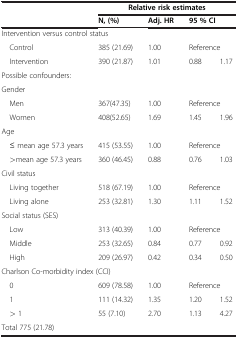
<table><thead><tr><td><b> </b></td><td colspan="4"><b>Relative risk estimates</b></td></tr><tr><td><b> </b></td><td><b>N, (%)</b></td><td><b>Adj. HR</b></td><td colspan="2"><b>95 % CI</b></td></tr></thead><tbody><tr><td colspan="5">Intervention versus control status</td></tr><tr><td> Control</td><td>385 (21.69)</td><td>1.00</td><td colspan="2">Reference</td></tr><tr><td> Intervention</td><td>390 (21.87)</td><td>1.01</td><td>0.88</td><td>1.17</td></tr><tr><td colspan="5">Possible confounders:</td></tr><tr><td colspan="5">Gender</td></tr><tr><td> Men</td><td>367(47.35)</td><td>1.00</td><td colspan="2">Reference</td></tr><tr><td> Women</td><td>408(52.65)</td><td>1.69</td><td>1.45</td><td>1.96</td></tr><tr><td colspan="5">Age</td></tr><tr><td> ≤ mean age 57.3 years</td><td>415 (53.55)</td><td>1.00</td><td colspan="2">Reference</td></tr><tr><td> &gt;mean age 57.3 years</td><td>360 (46.45)</td><td>0.88</td><td>0.76</td><td>1.03</td></tr><tr><td colspan="5">Civil status</td></tr><tr><td> Living together</td><td>518 (67.19)</td><td>1.00</td><td colspan="2">Reference</td></tr><tr><td> Living alone</td><td>253 (32.81)</td><td>1.30</td><td>1.11</td><td>1.52</td></tr><tr><td colspan="5">Social status (SES)</td></tr><tr><td> Low</td><td>313 (40.39)</td><td>1.00</td><td colspan="2">Reference</td></tr><tr><td> Middle</td><td>253 (32.65)</td><td>0.84</td><td>0.77</td><td>0.92</td></tr><tr><td> High</td><td>209 (26.97)</td><td>0.42</td><td>0.34</td><td>0.50</td></tr><tr><td colspan="5">Charlson Co-morbidity index (CCI)</td></tr><tr><td> 0</td><td>609 (78.58)</td><td>1.00</td><td colspan="2">Reference</td></tr><tr><td> 1</td><td>111 (14.32)</td><td>1.35</td><td>1.20</td><td>1.52</td></tr><tr><td> &gt; 1</td><td>55 (7.10)</td><td>2.70</td><td>1.13</td><td>4.27</td></tr><tr><td colspan="5">Total 775 (21.78)</td></tr></tbody></table>